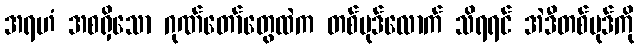
အရဟံ အစရှိသော ဂုဏ်တော်တွေထဲက တစ်ပုဒ်လောက် သိရရင် အဲဒီတစ်ပုဒ်ကို